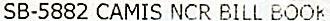
SB-5882 CAMIS NCR BILL BOOK